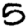
Digit: 5